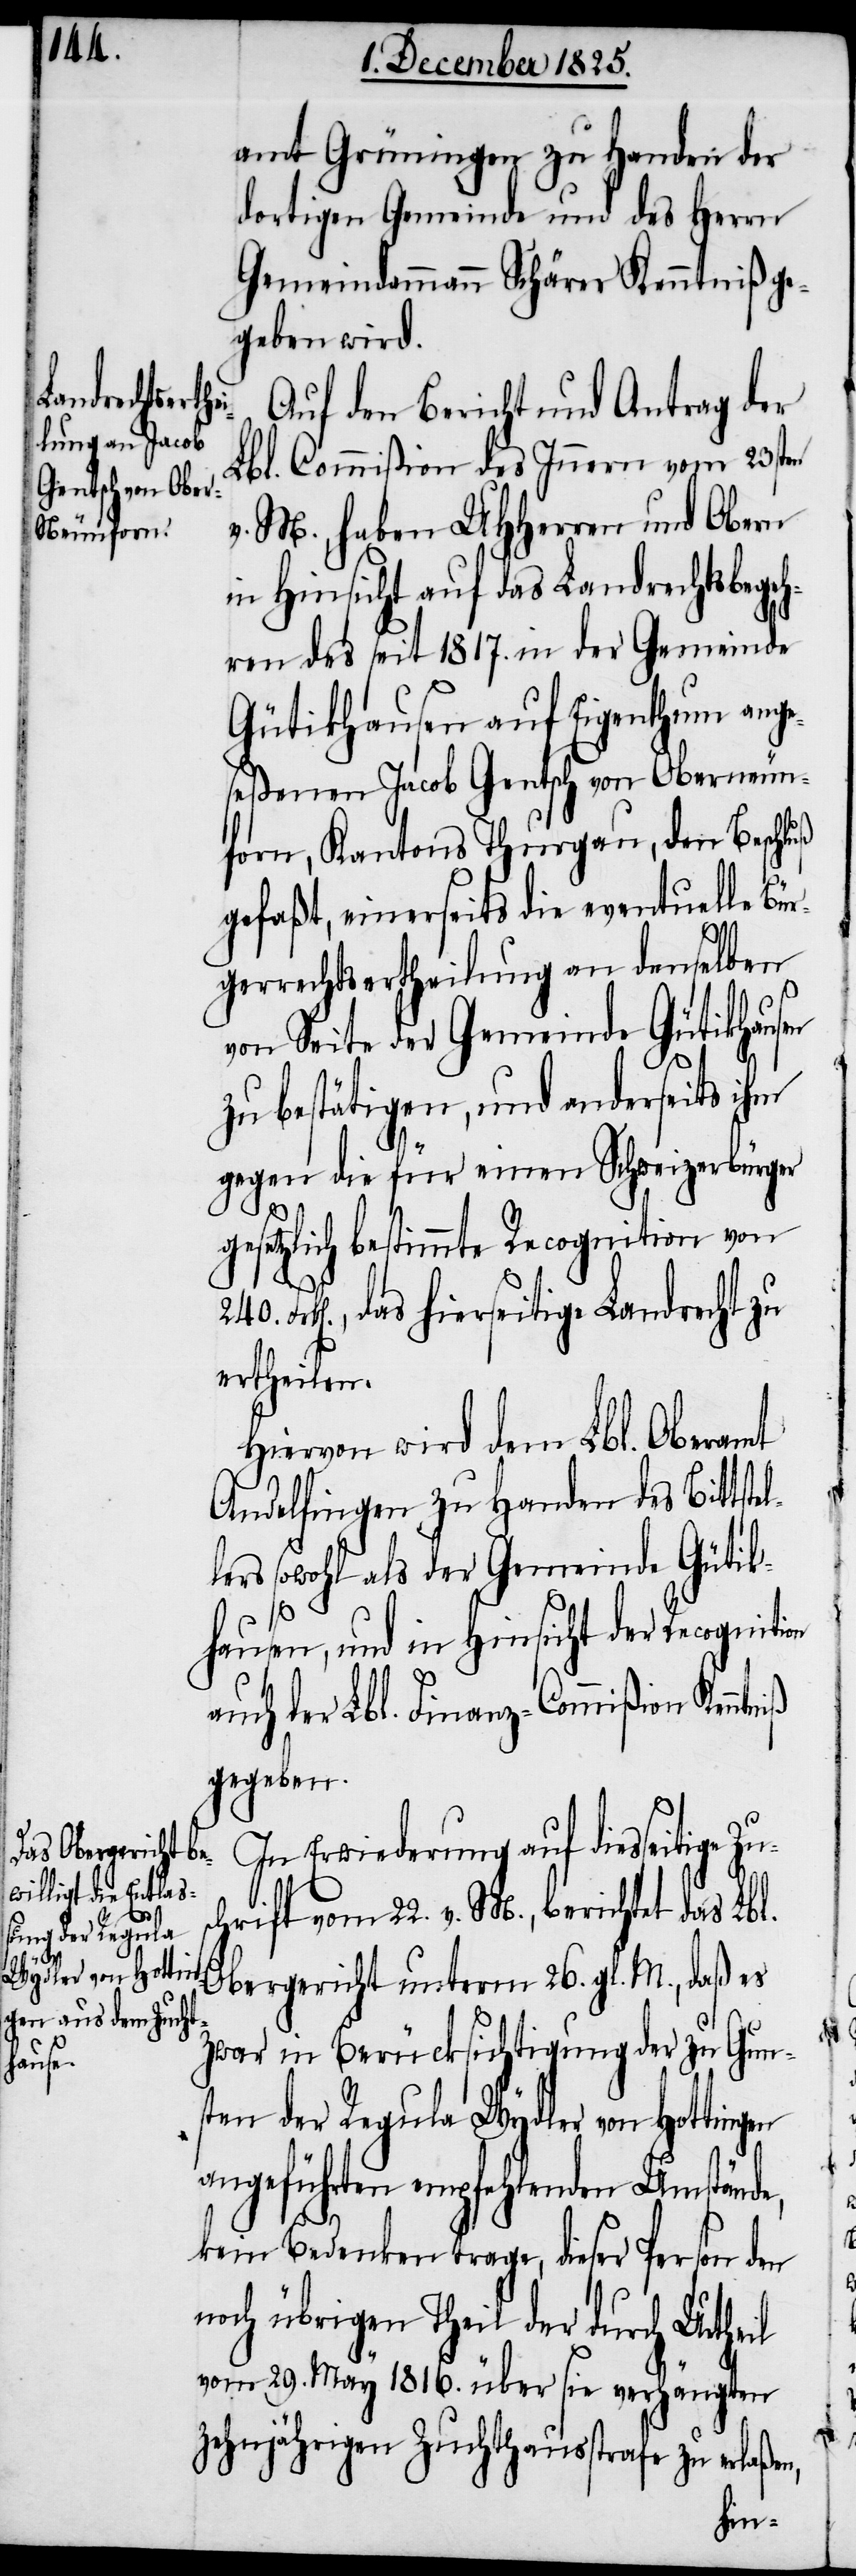
amt Grüningen zu Handen der
dortigen Gemeinde und des Herrn
Gemeindammann Schärer Kenntniß ge¬
geben wird.
Auf den Bericht und Antrag der
Lbl. Commißion des Innern vom 23sten
v. M., haben UHHerren und Obern
in Hinsicht auf das Landrechtsbegeh¬
ren des seit 1817. in der Gemeinde
Gütikhausen auf Eigenthum ange¬
seßenen Jacob Gentsch von Oberneun¬
forn, Kantons Thurgau, den Beschluß
gefaßt, einerseits die eventuelle Bür¬
gerrechtsertheilung an denselben
von Seite der Gemeinde Gütikhausen
zu bestätigen, und anderseits ihm
gegen die für einen Schweizerbürger
gesetzlich bestimmte Recognition von
Frk[en]., das hierseitige Landrecht zu
ertheilen.
Hievon wird dem Lbl. Oberamt
Andelfingen zu Handen des Bittste¬
ers sowohl als der Gemeinde Gütik¬
hausen, und in Hinsicht der Recogniti¬
uch der Lbl. Finanz-Commißion
gegeben.
In Erwiederung auf diesseitige
chrift vom 22. v. M., berichtet das Lbl.
on a¬
Obergericht unterm 26. gl. M., daß es
zwar in Berücksichtigung der zu Gun¬
Zus¬
sten der Regula Wydler von Hottingen
angeführten empfehlenden Umstände,
kein Bedenken trage, dieser Person den
noch übrigen Theil der durch Urtheil
vom 29. May 1816. über sie verhängten
Zehnjährigen Zuchthausstrafe zu erla¬
ßen,